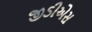
જીડીએસ